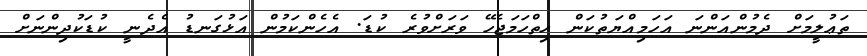
ތަޢުލީމަށް ދެމުންއަންނަ އަހަމިއްޔަތުކަން ހިތްހަމަޖެހޭ ވަރަށްވުރެ ކުޑަ. އެހެންކަމުން އަޅުގަނޑު އެދެނީ ކުޑަކުދިންނަށް